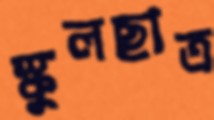
স্কুলছাত্র